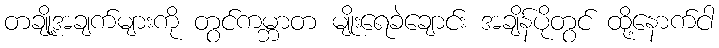
တချို့အချက်များကို တွင်ကမ္ဘာတ မျိုးရေခဲချောင်း အချိန်ပိုတွင် ထို့နောက်ငါ